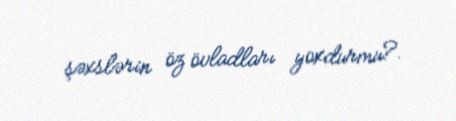
şəxslərin öz övladları yoxdurmu?.